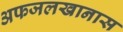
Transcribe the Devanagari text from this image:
अफजलखानास